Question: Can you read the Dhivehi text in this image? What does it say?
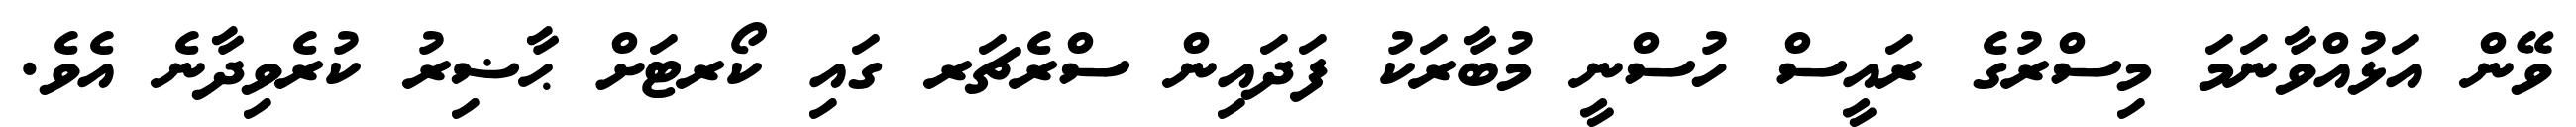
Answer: ވޭން އަޅުއްވާނަމަ މިސްރުގެ ރައީސް ހުސްނީ މުބާރަކު ފަދައިން ސްރެޗަރ ގައި ކޯރޓަށް ޙާޟިރު ކުރެވިދާނެ އެވެ.